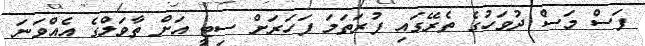
ފަސް މަސް ދުވަހުގެ ތެރޭގައި ފުރަތަމަ ފަހަރަށް ސިޓީ އަށް ތާވަލްގެ އެއްވަނަ